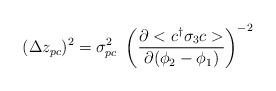
\begin{align*}(\Delta z_{pc})^{2} = \sigma_{pc}^{2}~\left( \frac{\partial<c^{\dag}\sigma_{3}c>}{\partial (\phi_{2}-\phi_{1})} \right)^{-2}\end{align*}